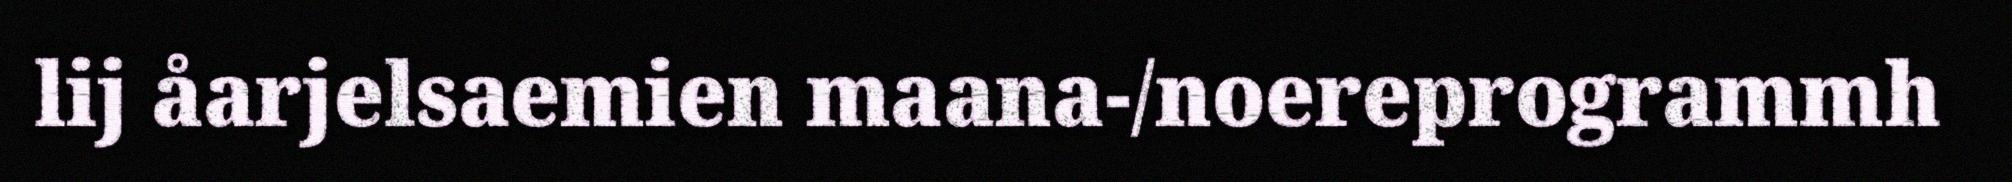
lij åarjelsaemien maana-/noereprogrammh